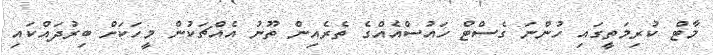
މާޓް ކުރިމަތީގައި ހުންނަ ގެސްޓް ހައުސްއެއްގެ ތެރެއިން ތޫނު އެއްޗަކުން މީހަކަށް ބިރުދައްކައި